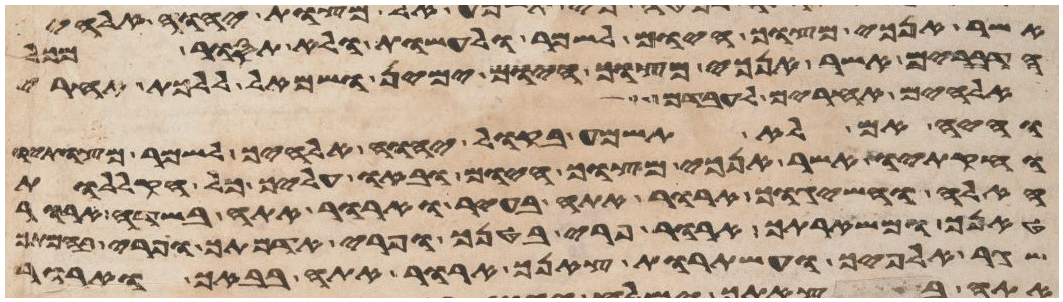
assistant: אשר אנכי מצוך היום לשמר ולעשות ולא תסור מכל
הדברים אשר אנכי מצוך היום ימין ושמאל ללכת אחרי
אלהים אחרים לעבדם
והיה אם לא תשמע בקול יהוה אלהיך לשמר מצותיו
וחקתיו אשר אנכי מצוך היום ובאו עליך כל הקללות
האלה והשיגוך ארור אתה בעיר וארור אתה בשדה ארור
טנאך ומשארתך ארור פרי בטנך ופרי אדמתך ופרי בהמתך
שגר אלפיך ועשתרות צאנך ארור אתה בבאך וארור